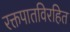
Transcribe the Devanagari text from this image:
रक्तपातविरहित